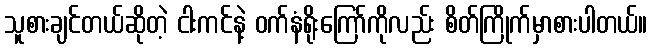
သူစားချင်တယ်ဆိုတဲ့ ငါးကင်နဲ့ ဝက်နံရိုးကြော်ကိုလည်း စိတ်ကြိုက်မှာစားပါတယ်။